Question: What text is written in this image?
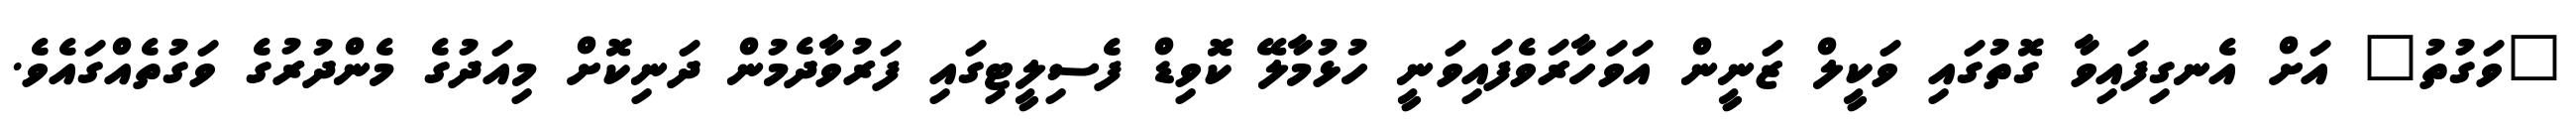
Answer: "ވަގުތު" އަށް އެނގިފައިވާ ގޮތުގައި ވަކީލް ޒަނީން އަވަހާރަވެފައިވަނީ ހުޅުމާލޭ ކޮވިޑް ފެސިލީޓިގައި ފަރުވާދެމުން ދަނިކޮށް މިއަދުގެ މެންދުރުގެ ވަގުތެއްގައެވެ.